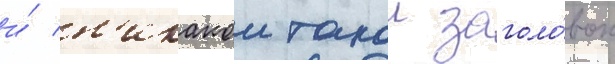
и́ н'икакои такои заголо́вок